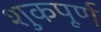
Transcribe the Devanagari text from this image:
शुकपूर्ण